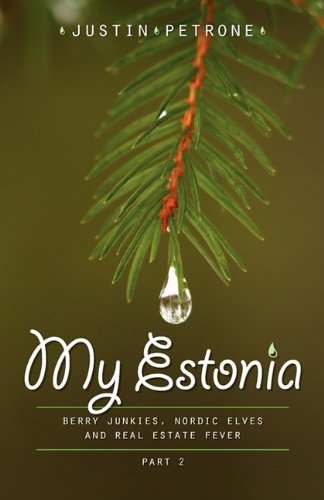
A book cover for My Estonia 2: Berry Junkies, Nordic Elves, and Real Estate Fever; Justin Petrone; Travel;